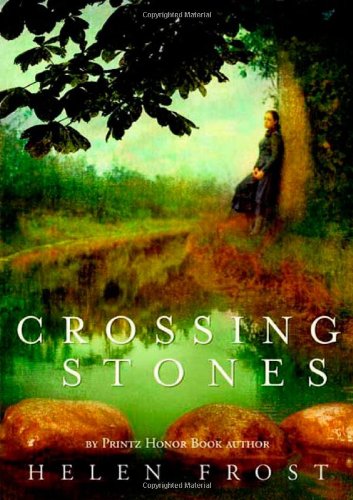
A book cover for Crossing Stones; Helen Frost; Teen & Young Adult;